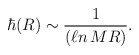
\begin{align*}\hbar(R) \sim \frac{1}{(\ell n\, MR)} . \end{align*}